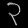
Digit: ၃